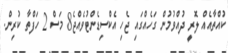
ކުއްތާއެއް ލޮރީ ދުއްވުމުން ގަހެއްގައި ޖެހި އެކްސިޑެންޓުވެއްޖެ8 މަސް 2 ހަފްތާ ކުރިން.